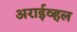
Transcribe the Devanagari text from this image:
अराईव्हल